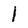
Character: l